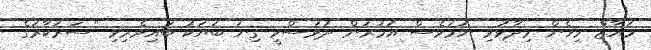
މުއާޒް މިހެން ވިދާޅުވި ނަމަވެސް އުމުރުން ދުވަސްވީ ގިނަ ބަޔަކު ބައިވެރިވި "ސަރުކާރުގެ